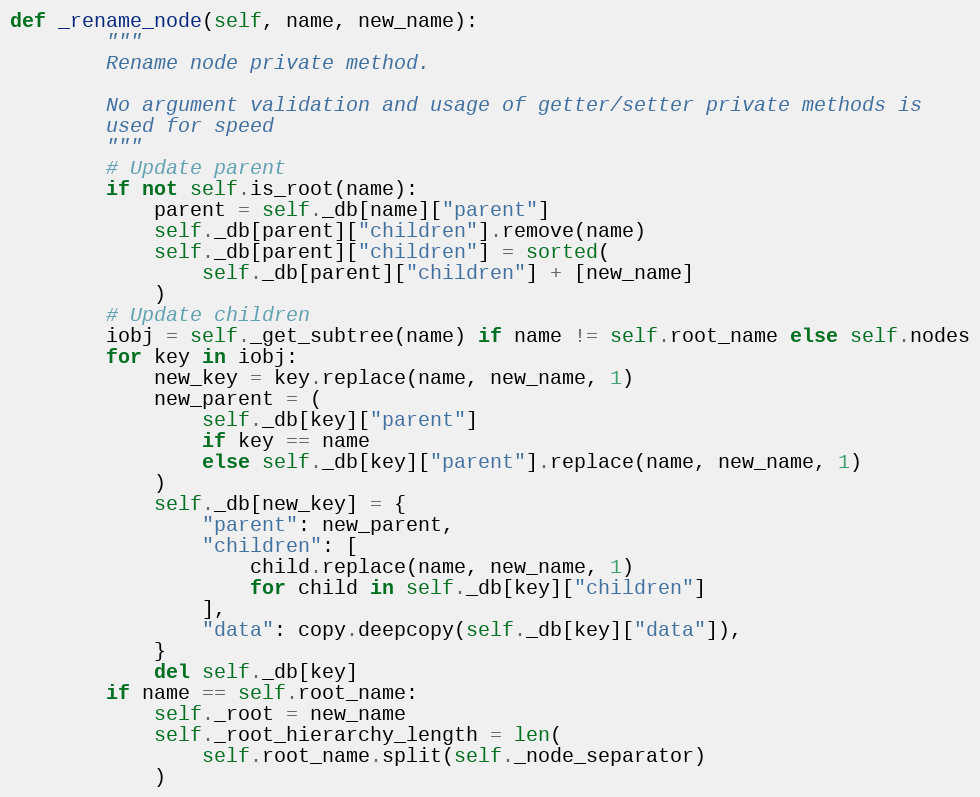
Language: Python
def _rename_node(self, name, new_name):
        """
        Rename node private method.

        No argument validation and usage of getter/setter private methods is
        used for speed
        """
        # Update parent
        if not self.is_root(name):
            parent = self._db[name]["parent"]
            self._db[parent]["children"].remove(name)
            self._db[parent]["children"] = sorted(
                self._db[parent]["children"] + [new_name]
            )
        # Update children
        iobj = self._get_subtree(name) if name != self.root_name else self.nodes
        for key in iobj:
            new_key = key.replace(name, new_name, 1)
            new_parent = (
                self._db[key]["parent"]
                if key == name
                else self._db[key]["parent"].replace(name, new_name, 1)
            )
            self._db[new_key] = {
                "parent": new_parent,
                "children": [
                    child.replace(name, new_name, 1)
                    for child in self._db[key]["children"]
                ],
                "data": copy.deepcopy(self._db[key]["data"]),
            }
            del self._db[key]
        if name == self.root_name:
            self._root = new_name
            self._root_hierarchy_length = len(
                self.root_name.split(self._node_separator)
            )